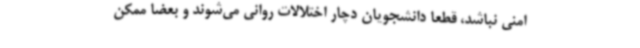
امنی نباشد، قطعا دانشجویان دچار اختلالات روانی می‌شوند و بعضا ممکن